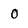
Character: 0